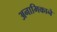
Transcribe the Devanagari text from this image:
अनामिकाने